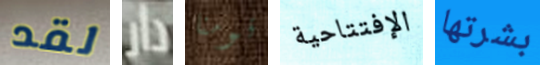
لقد دار قومنا الإفتتاحية بشرتها